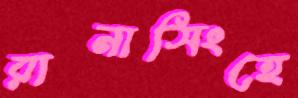
রানাসিংহে